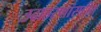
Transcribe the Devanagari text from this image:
उदाहरणांसहीत